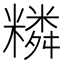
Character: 𥼭